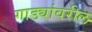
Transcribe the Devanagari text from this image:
गाड्यांवरील